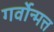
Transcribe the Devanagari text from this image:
गर्वोन्मत्त